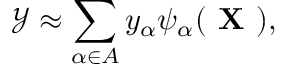
\mathcal { Y } \approx \sum _ { \alpha \in \cal { A } } \mathnormal { y } _ { \alpha } \psi _ { \alpha } ( \textbf { X } ) ,